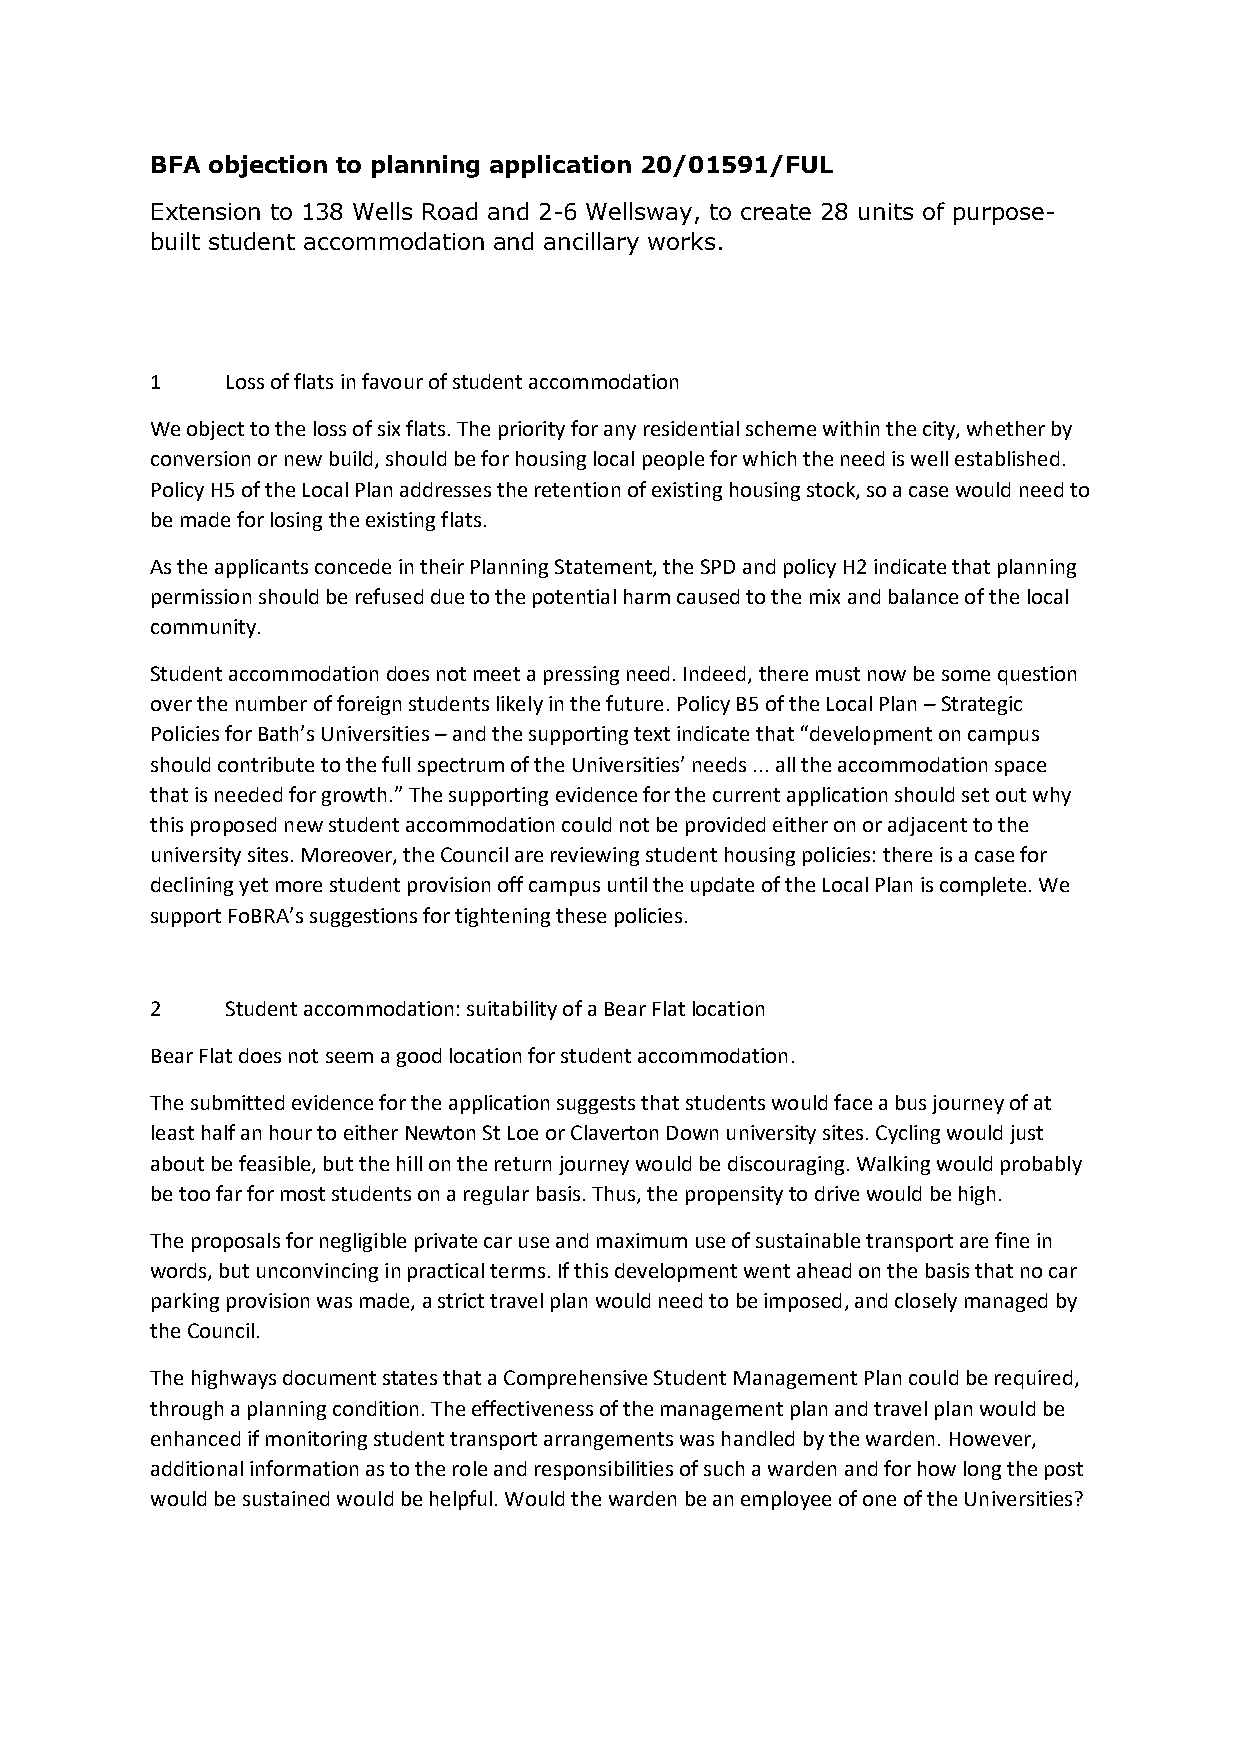
BFA objection to planning application 20/01591/FUL
 Extension to 138 Wells Road and 2-6 Wellsway, to create 28 units of purpose-
 built student accommodation and ancillary works.
 1    Loss of flats in favour of student accommodation
 We object to the loss of six flats. The priority for any residential scheme within the city, whether by
 conversion or new build, should be for housing local people for which the need is well established.
 Policy H5 of the Local Plan addresses the retention of existing housing stock, so a case would need to
 be made for losing the existing flats.
 As the applicants concede in their Planning Statement, the SPD and policy H2 indicate that planning
 permission should be refused due to the potential harm caused to the mix and balance of the local
 community.
 Student accommodation does not meet a pressing need. Indeed, there must now be some question
 over the number of foreign students likely in the future. Policy B5 of the Local Plan – Strategic
 Policies for Bath’s Universities – and the supporting text indicate that “development on campus
 should contribute to the full spectrum of the Universities’ needs ... all the accommodation space
 that is needed for growth.” The supporting evidence for the current application should set out why
 this proposed new student accommodation could not be provided either on or adjacent to the
 university sites. Moreover, the Council are reviewing student housing policies: there is a case for
 declining yet more student provision off campus until the update of the Local Plan is complete. We
 support FoBRA’s suggestions for tightening these policies.
 2    Student accommodation: suitability of a Bear Flat location
 Bear Flat does not seem a good location for student accommodation.
 The submitted evidence for the application suggests that students would face a bus journey of at
 least half an hour to either Newton St Loe or Claverton Down university sites. Cycling would just
 about be feasible, but the hill on the return journey would be discouraging. Walking would probably
 be too far for most students on a regular basis. Thus, the propensity to drive would be high.
 The proposals for negligible private car use and maximum use of sustainable transport are fine in
 words, but unconvincing in practical terms. If this development went ahead on the basis that no car
 parking provision was made, a strict travel plan would need to be imposed, and closely managed by
 the Council.
 The highways document states that a Comprehensive Student Management Plan could be required,
 through a planning condition. The effectiveness of the management plan and travel plan would be
 enhanced if monitoring student transport arrangements was handled by the warden. However,
 additional information as to the role and responsibilities of such a warden and for how long the post
 would be sustained would be helpful. Would the warden be an employee of one of the Universities?